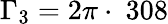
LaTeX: \Gamma_{3}=2\pi\cdot~308